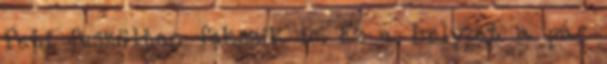
Peti feszülten fekszik le. Ez a helyzet a pár